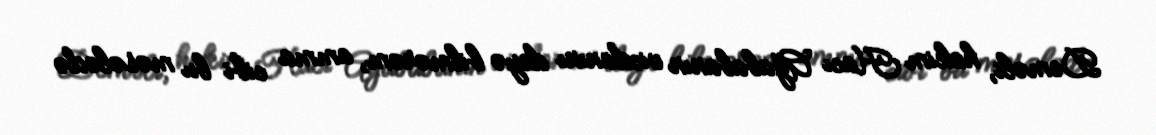
Deməli, hakim Hacı Ağababanın vicdanını deyə bilmərəm, amma cibi bu məsələdə